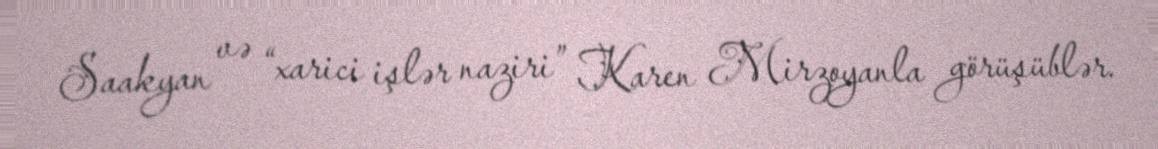
Saakyan və “xarici işlər naziri” Karen Mirzoyanla görüşüblər.